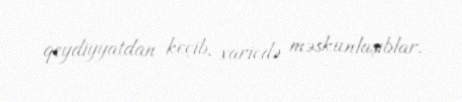
qeydiyyatdan keçib, xaricdə məskunlaşıblar.